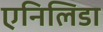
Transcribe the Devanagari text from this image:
एनिलिडा